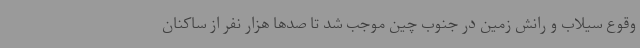
وقوع سیلاب و رانش زمین در جنوب چین موجب شد تا صدها هزار نفر از ساکنان